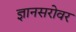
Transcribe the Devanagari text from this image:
ज्ञानसरोवर